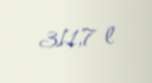
311,7 l